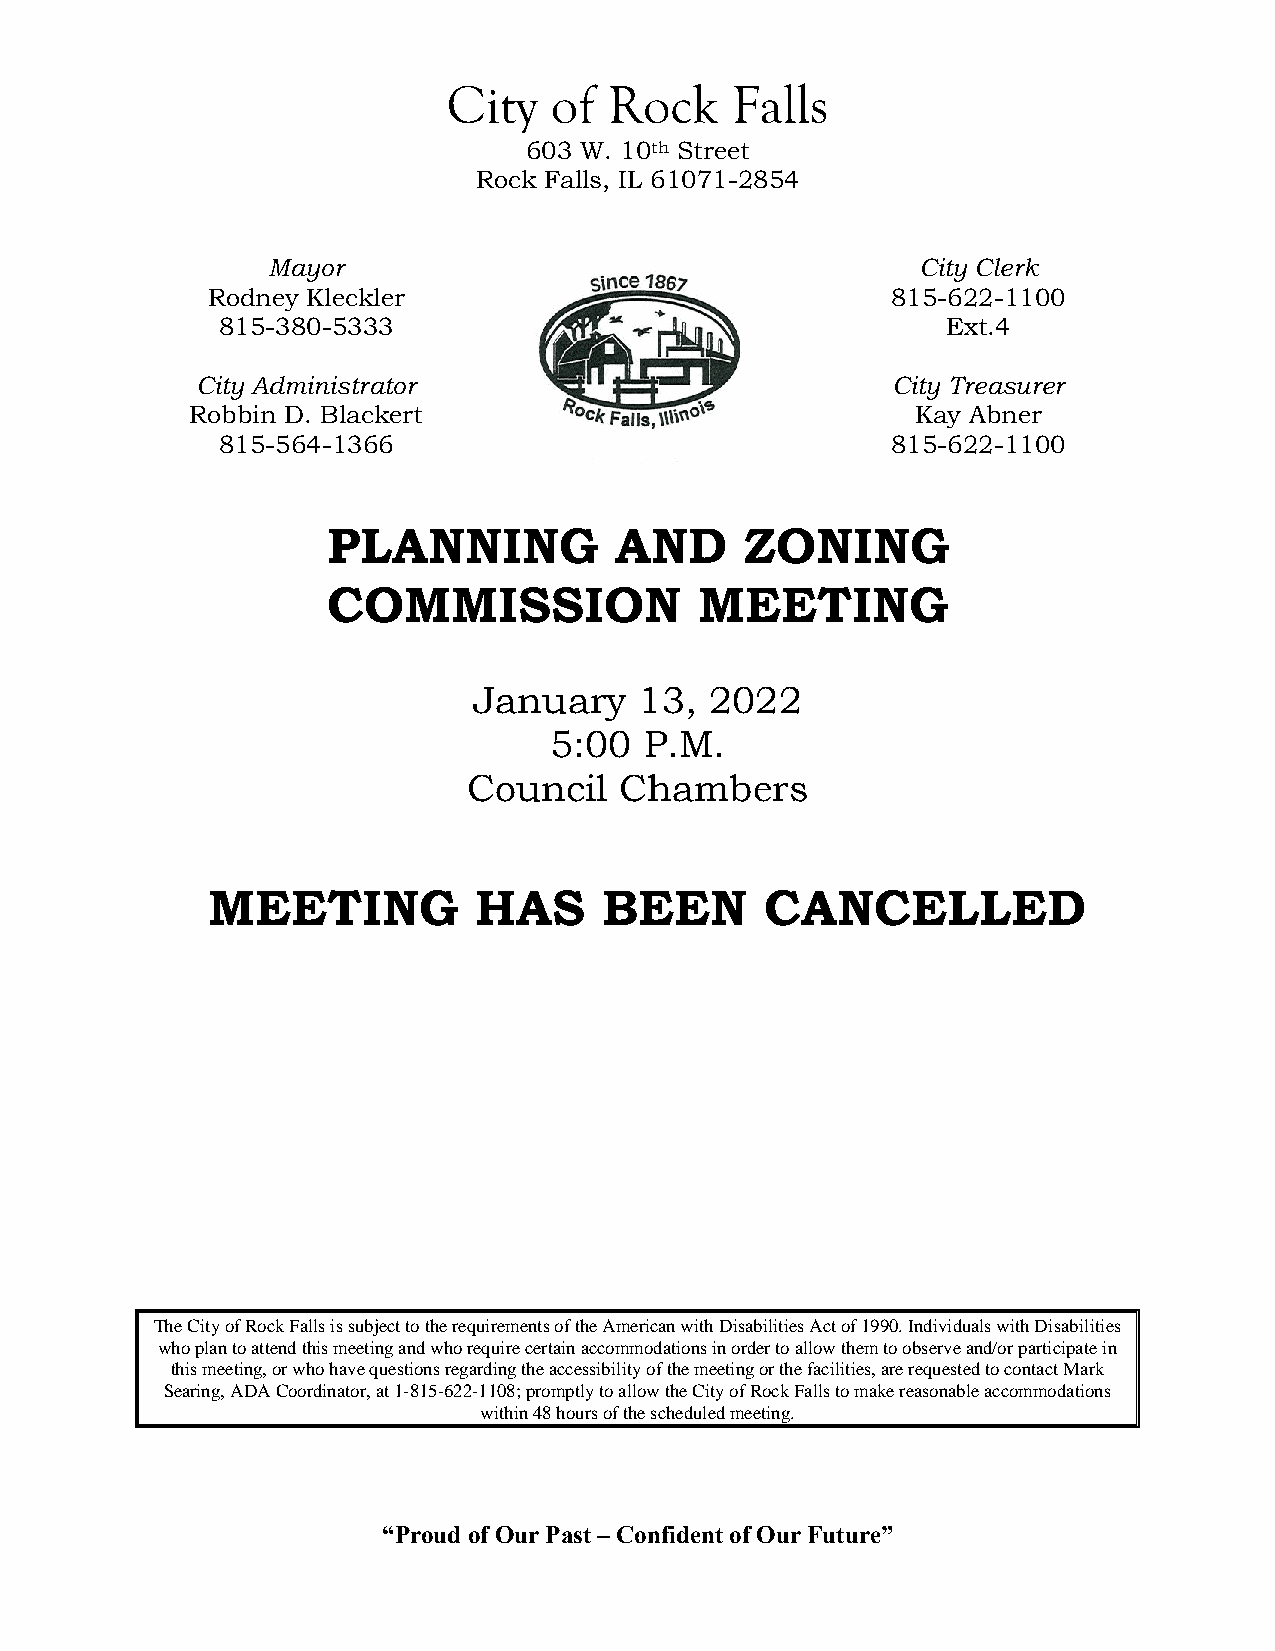
City  of  Rock    Falls
 603 W. 10th Street
 Rock Falls, IL 61071-2854
 Mayor                                      City Clerk
 Rodney Kleckler                              815-622-1100
 815-380-5333                                     Ext.4
 City Administrator                            City Treasurer
 Robbin D. Blackert                              Kay Abner
 815-564-1366                                 815-622-1100
 PLANNING           AND     ZONING
 COMMISSION              MEETING
 January    13,  2022
 5:00   P.M.
 Council   Chambers
 MEETING          HAS      BEEN       CANCELLED
 The City of Rock Falls is subject to the requirements of the American with Disabilities Act of 1990. Individuals with Disabilities
 who plan to attend this meeting and who require certain accommodations in order to allow them to observe and/or participate in
 this meeting, or who have questions regarding the accessibility of the meeting or the facilities, are requested to contact Mark
 Searing, ADA Coordinator, at 1-815-622-1108; promptly to allow the City of Rock Falls to make reasonable accommodations
 within 48 hours of the scheduled meeting.
 “Proud of Our Past – Confident of Our Future”